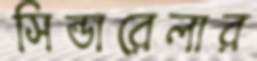
সিন্ডারেলার